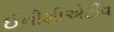
ઈનીશીએટીવ